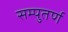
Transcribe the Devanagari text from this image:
सम्पुतर्ण